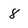
Character: 8